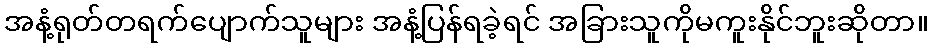
အနံ့ရုတ်တရက်ပျောက်သူများ အနံ့ပြန်ရခဲ့ရင် အခြားသူကိုမကူးနိုင်ဘူးဆိုတာ။